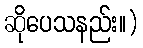
ဆိုပေသနည်း။)